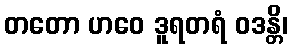
တတော ဟဝေ ဒူရတရံ ဝဒန္တိ၊